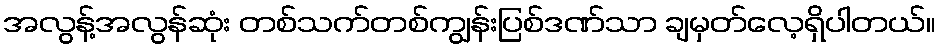
အလွန့်အလွန်ဆုံး တစ်သက်တစ်ကျွန်းပြစ်ဒဏ်သာ ချမှတ်လေ့ရှိပါတယ်။